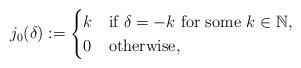
LaTeX: \begin{align*} j_0(\delta) &:= \begin{cases}k &\mbox{if $\delta =-k$ for some $k\in \mathbb{N}$,} \\ 0 &\mbox{otherwise},\\\end{cases}\end{align*}